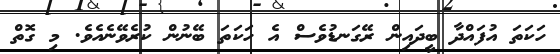
ހަކަތަ އުފައްދާ ބީދައިން ރޭގަނޑުވެސް އެ ހަކަތަ ބޭނުން ކުރެވޭނެއެވެ. މި ގޮތް